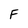
Character: F